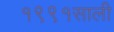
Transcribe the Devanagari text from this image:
१९९१साली